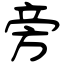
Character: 旁